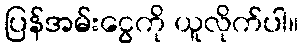
ပြန်အမ်းငွေကို ယူလိုက်ပါ။